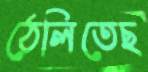
ঠেলিতেছ